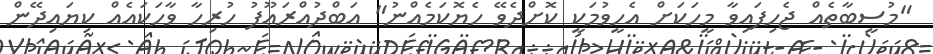
"މުސީބާތެއް ޖެހިފައިވާ މީހަކަށް އެހީވުމަކީ ކޮށްދެވޭ ހެޔޮކަމެއްނު" އަބްދުއްރަޢޫފު ހުރިހާ ވާހަކައެއް ކިޔައިދޭން